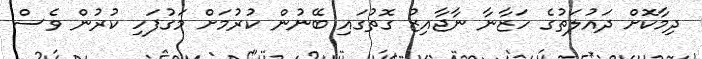
ދިމާކޮށް ދައުލަތުގެ ހަޒާނާ ނާޖާއިޒު ގޮތުގައި ބޭނުން ކުރުމަށް މަގުފަހި ކުރުން ވެސް